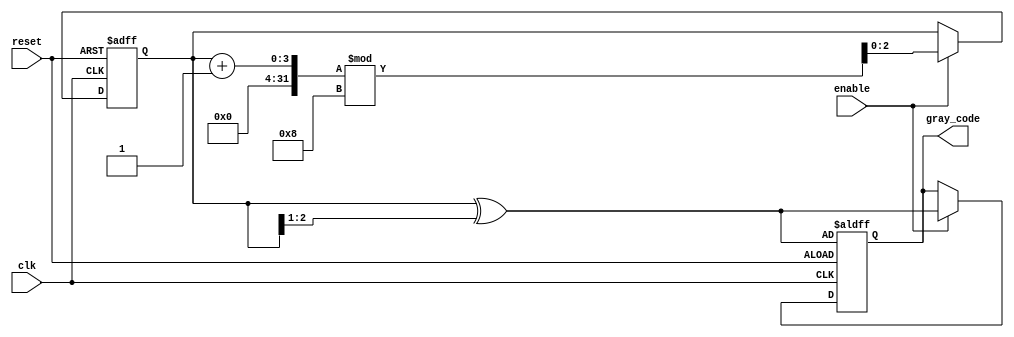
module gray_code_counter (
    input wire clk,           // Clock signal
    input wire reset,         // Asynchronous reset
    input wire enable,        // Enable signal
    output reg [2:0] gray_code // Output: Gray Code value
);

    reg [2:0] binary_count; // Register to hold the binary count value

    // Binary to Gray Code conversion function
    function [2:0] binary_to_gray;
        input [2:0] binary;
        begin
            binary_to_gray = binary ^ (binary >> 1); // G(n) = B(n) XOR B(n+1)
        end
    endfunction

    // Asynchronous reset and counting logic
    always @(posedge clk or posedge reset) begin
        if (reset) begin
            binary_count <= 3'b000; // Initialize binary count to 0
            gray_code <= binary_to_gray(binary_count); // Set Gray Code to 0
        end
        else if (enable) begin
            // Increment the binary count, wrapping around
            binary_count <= (binary_count + 1) % 8; // Wrap from 7 to 0
            gray_code <= binary_to_gray(binary_count); // Update Gray Code output
        end
    end

endmodule